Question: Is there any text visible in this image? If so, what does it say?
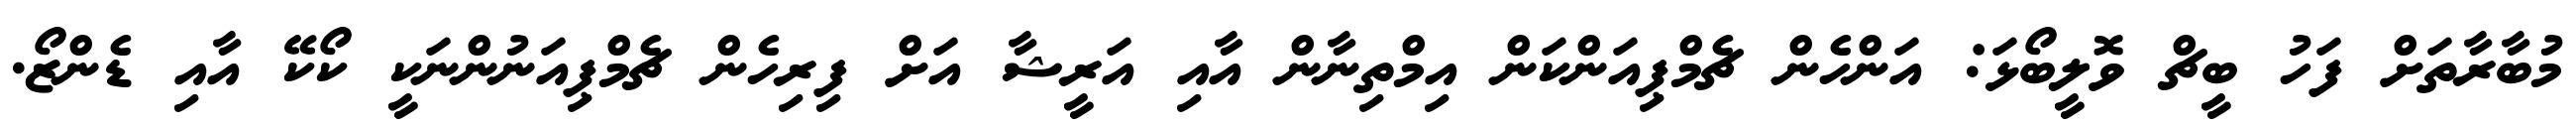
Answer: މުބާރާތަށް ފަހު ބީޗް ވޮލީބޯޅަ: އަންހެން ޗެމްޕިއަންކަން އިމްތިނާން އާއި އަރީޝާ އަށް ފިރިހެން ޗެމްޕިއަނުންނަކީ ކޯކޭ އާއި ޑެންޒޯ.